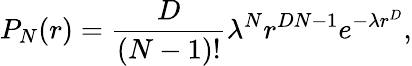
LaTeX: P_{N}(r)={\frac{D}{(N-1)!}}{\lambda}^{N}r^{DN-1}e^{-\lambda r^{D}},